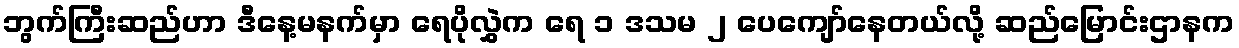
ဘွက်ကြီးဆည်ဟာ ဒီနေ့မနက်မှာ ရေပိုလွှဲက ရေ ၁ ဒသမ ၂ ပေကျော်နေတယ်လို့ ဆည်မြောင်းဌာနက